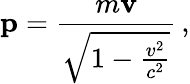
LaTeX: \mathbf{p}={\frac{m\mathbf{v}}{\sqrt{1-{\frac{v^{2}}{c^{2}}}}}}\, ,